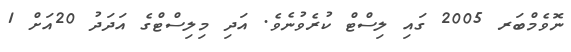
ނޮވެމްބަރ 2005 ގައި ލިސްޓް ކުރެވުނެވެ. އަދި މިލިސްޓްގެ އަދަދު 20އަށް 1